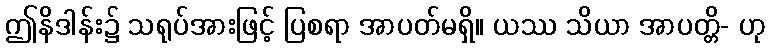
ဤနိဒါန်း၌ သရုပ်အားဖြင့် ပြစရာ အာပတ်မရှိ။ ယဿ သိယာ အာပတ္တိ- ဟု